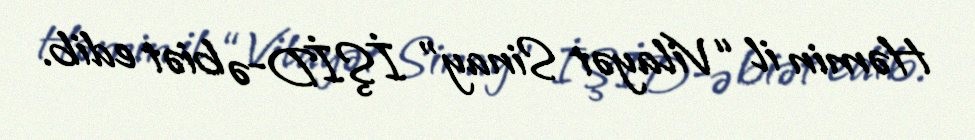
Həmin il “Vilayət Sinay” İŞİD-ə biət edib.